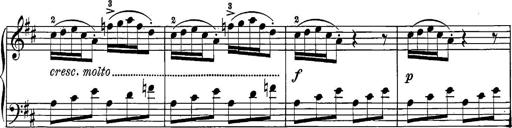
Title: 12 Sonatine per Pianoforte
Composer: Friedrich Kuhlau